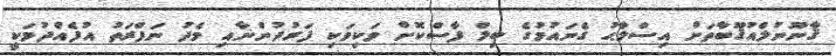
ޤާނޫނުލްއުޤޫބާތަށް އިސްލާޙު ގެނައުމުގެ ބިލް ފާސްކޮށް ވަކިވަކި ފަރުދުންނާއި މެދު ނަފްރަތު އުފެއްދުމަކީ